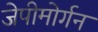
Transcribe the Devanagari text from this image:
जेपीमोर्गन